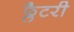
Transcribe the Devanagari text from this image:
फ्लैटरी